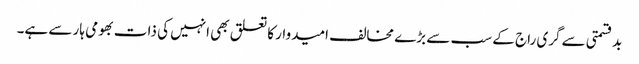
بدقسمتی سے گری راج کے سب سے بڑے مخالف امیدوار کا تعلق بھی انہیں کی ذات بھومی ہار سے ہے۔